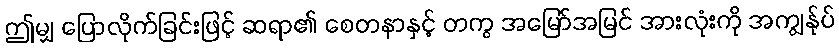
ဤမျှ ပြောလိုက်ခြင်းဖြင့် ဆရာ၏ စေတနာနှင့် တကွ အမြော်အမြင် အားလုံးကို အကျွန်ုပ်